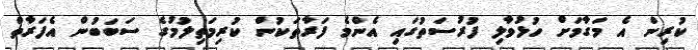
ކުރިން އެ މަގާމަށް ހުޅުވާލި ފުރުސަތުގައި އެންމެ ފަރާތަކުން ކުރިމަތިލުމުގެ ސަބަބުން އެފަރާތް